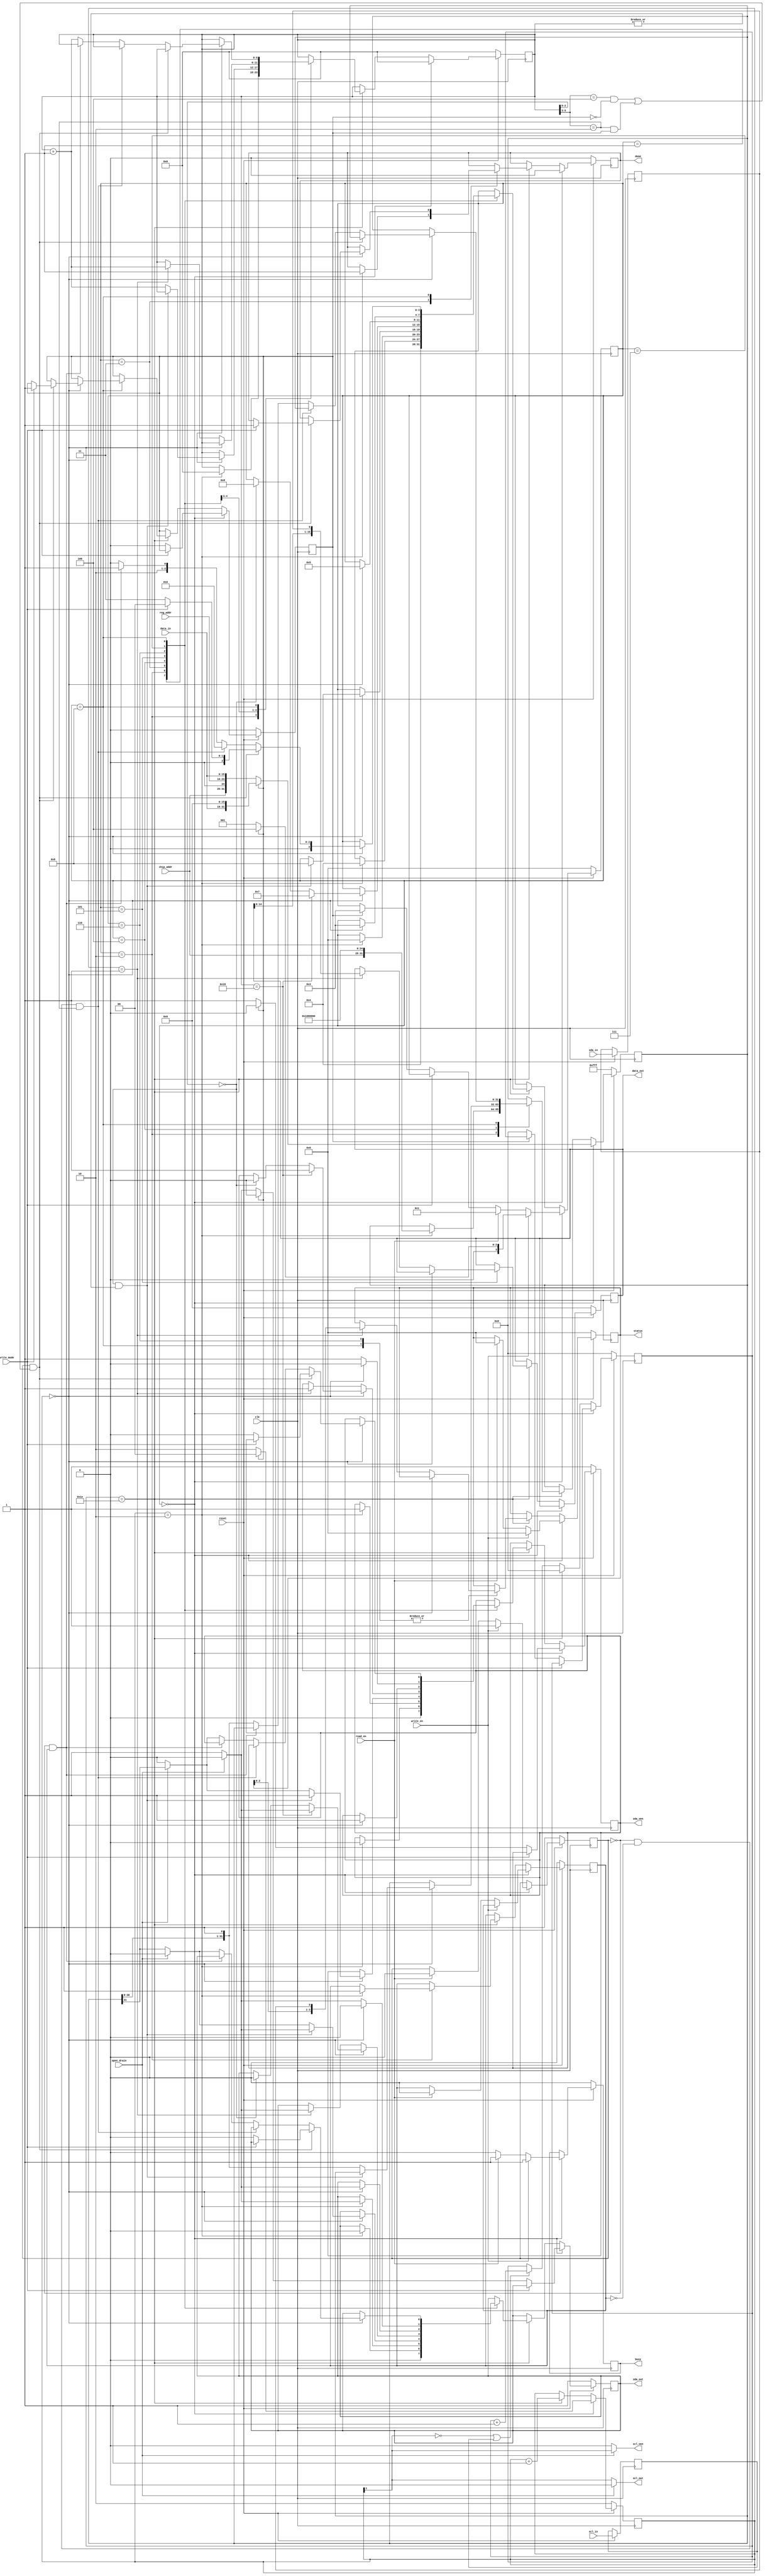
/*
i2c Master

Authors:  Greg M. Crist, Jr. (gmcrist@gmail.com)

Description:
  i2c Master
*/
module i2c_master
    #(
        parameter ADDR_BYTES = 1,   // internal address bytes.
        parameter DATA_BYTES = 2,
        parameter REG_ADDR_WIDTH = 8 * ADDR_BYTES,
        parameter ST_WIDTH = 1 + ADDR_BYTES + DATA_BYTES,
        parameter I2C_CLK_DIV = 5'd30,
        parameter I2C_CLK_WIDTH = 5
    )(
        input  clk,            // System clock
        input  reset,          // Reset signal

        input open_drain, // Open drain

        input  sda_in,    // SDA Input
        output sda_out,   // SDA Output
        output sda_oen,   // SDA Output Enable

        input  scl_in,    // SCL Input
        output scl_out,   // SCL Output
        output scl_oen,   // SCL Output Enable

        input [6:0] chip_addr, // Slave Address
        input [REG_ADDR_WIDTH - 1:0] reg_addr, // Register address

        input write_en,    // Write enable
        input write_mode,  // Write mode (0: single, 1: multi-byte)
        input read_en,     // Read enable

        output reg [8 * DATA_BYTES - 1:0] data_out,   // Data to write to register
        input [8 * DATA_BYTES - 1:0] data_in,         // Data read from register

        output reg [ST_WIDTH - 1:0] status,
        output reg done,
        output reg busy
    );

    localparam SR_WIDTH = 8 * ST_WIDTH;

    // State Machine States
    localparam s_idle         = 4'd0,
               s_start_write  = 4'd1,
               s_start_read   = 4'd2,
               s_stop         = 4'd3,
               s_shift_out    = 4'd4,
               s_shift_in     = 4'd5,
               s_send_ack     = 4'd6,
               s_send_nack    = 4'd7,
               s_rcv_ack      = 4'd8;


    // Interal registers
    reg [SR_WIDTH-1:0] sr;   // Shift register
    reg [5:0] sr_count;      // Location within shift register

    wire [2:0] byte_count;

    reg [1:0] scl_count;
    reg [I2C_CLK_WIDTH - 1 :0] clk_count;

    reg sda_reg, oen_reg, sda_s, scl_s;
    reg writing, reading, in_prog;

    // FSM state
    (* syn_encoding = "default" *)
    reg [3:0] state;

    assign sda_out = sda_reg;
    assign sda_oen = oen_reg;
    assign scl_out = open_drain ? 1'b0 : scl_count[1];
    assign scl_oen = open_drain ? scl_count[1] : 1'b0;
    assign byte_count = sr_count[5:3];

    always @ (posedge clk) begin
        if (~reset) begin
            state     <= s_idle;

            sda_reg   <= 1'b1;
            oen_reg   <= 1'b1;

            sr_count  <= 6'b00_0000;
            sr        <= 24'hFFF;

            writing   <= 1'b1;
            reading   <= 1'b0;
            in_prog   <= 1'b0;

            status    <= {ST_WIDTH{1'b0}};
            done      <= 1'b0;
            busy      <= 1'b0;

            data_out  <= {(8 * DATA_BYTES){1'b0}};

            scl_count <= 2'b10;
            clk_count <= {I2C_CLK_WIDTH{1'b0}};
        end
        else begin
            sda_s <= sda_in;
            scl_s <= scl_in;
            data_out <= data_out;

            if (state == s_idle) begin
                done <= 1'b0;
                sr_count <= 6'b00_0000;

                if (~write_mode) begin
                    in_prog <= 1'b0;

                    if (in_prog) begin
                        state <= s_stop;
                        sda_reg <= 1'b0;
                        oen_reg <= 1'b0;
                    end
                    else begin
                        sda_reg <= open_drain ? 1'b0 : 1'b1;
                        oen_reg <= 1'b1;
                        clk_count <= {I2C_CLK_WIDTH{1'b0}};
                    end
                end

                if (in_prog) begin
                    scl_count <= 2'b00;

                    sr <= {data_in, {SR_WIDTH - 8 * DATA_BYTES{1'b0}}};
                end
                else begin
                    scl_count <= 2'b10;

                    if (ADDR_BYTES == 0) begin
                        sr <= {chip_addr, 1'b0, data_in};
                    end
                    else begin
                        sr <= {chip_addr, 1'b0, reg_addr, data_in};
                    end
                end

                if (write_en) begin
                    state   <= in_prog ? s_shift_out : s_start_write;
                    writing <= 1'b1;
                    status  <= {ST_WIDTH{1'b0}};
                    busy    <= 1'b1;
                end
                else if (read_en) begin
                    state    <= ADDR_BYTES == 0 ? s_start_read : s_start_write;
                    writing  <= 1'b0;
                    reading  <= 1'b0;
                    status   <= {ST_WIDTH{1'b0}};
                    busy     <= 1'b1;
                end
                else begin
                    busy     <= 1'b0;
                end
            end
            else begin
                if (clk_count == I2C_CLK_DIV) begin
                    clk_count <= 12'd0;
                    scl_count <= scl_count + 1'b1;

                    case (state)
                        s_start_write: begin
                            state   <= s_shift_out;
                            sda_reg <= 1'b0;
                            oen_reg <= 1'b0;
                        end

                        s_start_read: begin
                            if (scl_count == 2'b10) begin
                                state    <= s_shift_out;
                                sda_reg  <= 1'b0;
                                oen_reg  <= 1'b0;
                                sr       <= {chip_addr, 1'b1, {8 * (ADDR_BYTES + DATA_BYTES){1'b0}}};
                                sr_count <= 6'b00_0000;
                                reading  <= 1'b1;
                            end
                        end

                        s_stop: begin
                            if (scl_count == 2'b10) begin
                                state   <= s_idle;
                                sda_reg <= open_drain ? 1'b0 : 1'b1;
                                oen_reg <= 1'b1;
                                done    <= 1'b1;
                            end
                        end

                        s_shift_out: begin
                            if (scl_count == 2'b00) begin
                                if ((sr_count[2:0]) == 3'b000 && (|sr_count)) begin
                                    state   <= s_rcv_ack;
                                    sda_reg <= open_drain ? 1'b0 : 1'b1;
                                    oen_reg <= 1'b1;
                                end
                                else begin
                                    sda_reg  <= open_drain ? 1'b0 : sr[SR_WIDTH - 1];
                                    oen_reg  <= open_drain ? sr[SR_WIDTH - 1] : 1'b0;
                                    sr       <= {sr[SR_WIDTH - 2:0], 1'b1};
                                    sr_count <= sr_count + 1'b1;
                                end
                            end
                        end

                        s_shift_in: begin
                            if (scl_count == 2'b00) begin
                                if (sr_count == 8 * (DATA_BYTES + 1)) begin
                                    state   <= s_send_nack;
                                    sda_reg <= open_drain ? 1'b0 : 1'b1;
                                    oen_reg <= 1'b1;
                                end
                                else if (sr_count[2:0] == 3'b000) begin
                                    state   <= s_send_ack;
                                    sda_reg <= 1'b0;
                                    oen_reg <= 1'b0;
                                end
                            end
                            else if (scl_count == 2'b01) begin
                                data_out <= {data_out[8 * DATA_BYTES - 2:0], sda_s};
                                sda_reg  <= open_drain ? 1'b0 : 1'b1;
                                oen_reg  <= 1'b1;
                                sr_count <= sr_count + 1'b1;
                            end
                        end

                        s_send_ack: begin
                            if (scl_count == 2'b00) begin
                                state   <= s_shift_in;
                                sda_reg <= open_drain ? 1'b0 : 1'b1;
                                oen_reg <= 1'b1;
                            end
                            else if (scl_count == 2'b01) begin
                                status <= {status[ST_WIDTH - 2:0], sda_s};
                            end
                        end

                        s_send_nack: begin
                            if (scl_count == 2'b00) begin
                                state   <= s_stop;
                                sda_reg <= 1'b0;
                                oen_reg <= 1'b0;
                            end
                            else begin
                                sda_reg <= open_drain ? 1'b0 : 1'b1;
                                oen_reg <= 1'b1;
                            end
                        end

                        s_rcv_ack: begin
                            if (scl_count == 2'b00) begin
                                if (writing && ((byte_count == DATA_BYTES + ADDR_BYTES + 1 && ~in_prog) || (byte_count == DATA_BYTES && in_prog))) begin
                                    if (write_mode) begin
                                        state   <= s_idle;
                                        in_prog <= 1'b1;
                                        done    <= 1'b1;
                                    end else begin
                                        state   <= s_stop;
                                        sda_reg <= 1'b0;
                                        oen_reg <= 1'b0;
                                    end
                                end
                                else if (~writing && ~reading && (byte_count == ADDR_BYTES + 1)) begin
                                    state <= s_start_read;
                                end
                                else if (~writing && reading) begin
                                    state <= s_shift_in;
                                end
                                else begin
                                    state    <= s_shift_out;
                                    sda_reg  <= open_drain ? 1'b0 : sr[SR_WIDTH - 1];
                                    oen_reg  <= open_drain ? sr[SR_WIDTH - 1] : 1'b0;
                                    sr       <= {sr[SR_WIDTH - 2:0], 1'b1};
                                    sr_count <= sr_count + 1'b1;
                                end
                            end
                            else if (scl_count == 2'b01) begin
                                status <= {status[ST_WIDTH - 2:0], sda_s};
                            end
                        end
                    endcase
                end
                else begin
                    if (scl_count[1] == 1'b0 || scl_s == 1'b1) begin
                        clk_count <= clk_count + 1'd1;
                    end
                end
            end
        end
    end
endmodule